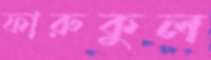
ফারুকুল